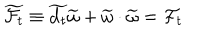
\widetilde { { \cal F } _ { t } } \equiv \widetilde { { \bf d } _ { t } } \widetilde { \omega } + \widetilde { \omega } \cdot \widetilde { \omega } = { \cal F } _ { t }